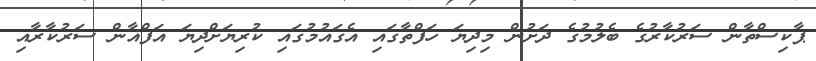
ޕާކިސްތާން ސަރުކާރުގެ ބެލުމުގެ ދަށުން މިދިޔަ ހަފްތާގައި އެގައުމުގައި ކުރިޔަށްދިޔަ އަފްޣާން ސަރުކާރާއި